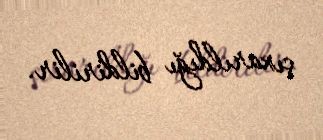
çıxarıldığı bildirilir.